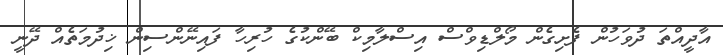
އާދީއްތަ ދުވަހުން ފެށިގެން މޯލްޑިވްސް އިސްލާމިކް ބޭންކުގެ ހުރިހާ ފައިނޭންސިން ޚިދުމަތެއް ދޭނީ